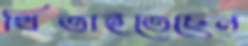
থিতাইতেছেন